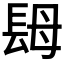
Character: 𨱱